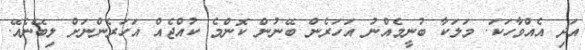
އަދި އެއްވާހަކަ. މަލަކާ ބުނީމެއްނު އަހަރެން ބޭނުން ކޮންމެ ކުއްޖެއް އަހަރެންނަށް ލިބޭނެއޭ.